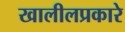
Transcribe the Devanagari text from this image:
खालीलप्रकारे